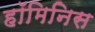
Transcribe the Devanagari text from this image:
हॉमिनिस